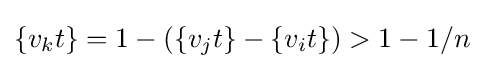
\{v_{k}t\}=1-(\{v_{j}t\}-\{v_{i}t\})>1-1/n